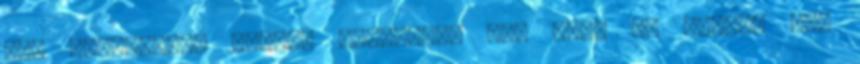
mit képzelnek, honnan tudhattam én, hogy ez hogyan fog